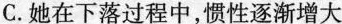
C.她在下落过程中，惯性逐渐增大